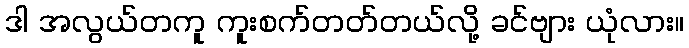
ဒါ အလွယ်တကူ ကူးစက်တတ်တယ်လို့ ခင်ဗျား ယုံလား။